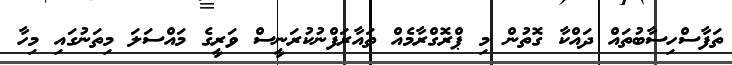
ތަފާސްހިސާބުތައް ދައްކާ ގޮތުން މި ޕްރޮގްރާމެއް ތައާރަފްނުކުރަނީސް ވަރީގެ މައްސަލަ މިތަނުގައި މިހާ